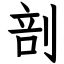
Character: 剖